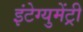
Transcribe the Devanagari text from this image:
इंटेग्युमेंट्री